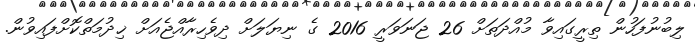
ލިބުނުފަހުން ތިރީގައިވާ މުއްދަތަށް 26 ޖަނަވަރީ 2016 ގެ ނިޔަލަށް ދިވެހިރާއްޖެއަށް ޚިދުމަތްކޮށްފައިވުން.